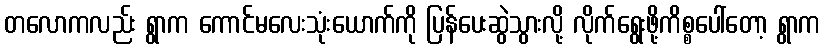
တလောကလည်း ရွာက ကောင်မလေးသုံးယောက်ကို ပြန်ပေးဆွဲသွားလို့ လိုက်ရွေးဖို့ကိစ္စပေါ်တော့ ရွာက